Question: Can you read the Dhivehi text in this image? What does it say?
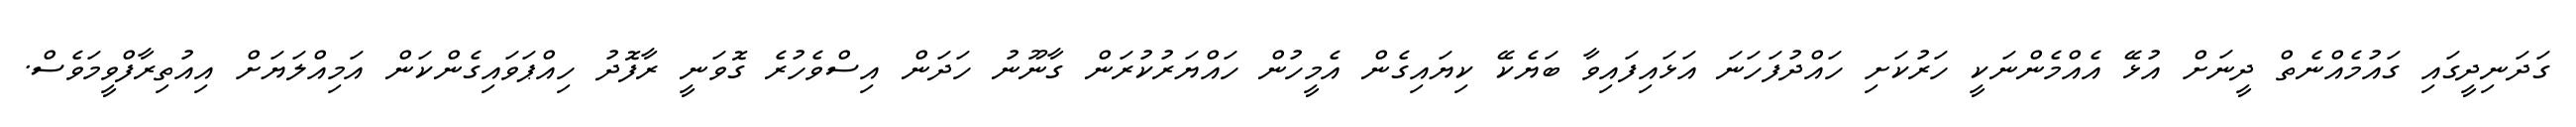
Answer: ގަދަނިދީގައި ގައުމެއްނެތް ދީނަށް އުޅޭ އެއްމެންނަކީ ހަރުކަށި ހައްދުފަހަނަ އަޅައިފައިވާ ބަޔެކޭ ކިޔައިގެން އެމީހުން ހައްޔަރުކުރަން ގާނޫނު ހަދަން އިސްވެހުރެ ގޮވަނީ ރާފޮދު ހިއްޕަވައިގެންކަން އަމިއްލަޔަށް އިއުތިރާފްވީމަވެސް.